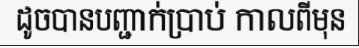
ដូចបានបញ្ជាក់ប្រាប់ កាលពីមុន